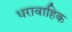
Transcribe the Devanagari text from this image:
धरावाहिक